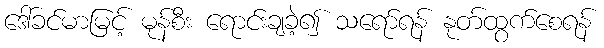
ဒေါ်ခင်မာမြင့် မုန်စီး ရောင်းချခဲ့၍ သရော်ရန် နုတ်ထွက်စေရန်